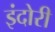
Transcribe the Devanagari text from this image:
इंदोरी